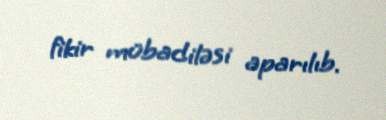
fikir mübadiləsi aparılıb.